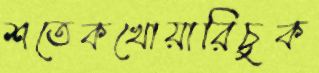
শতেকখোয়ারিচুক